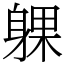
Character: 躶